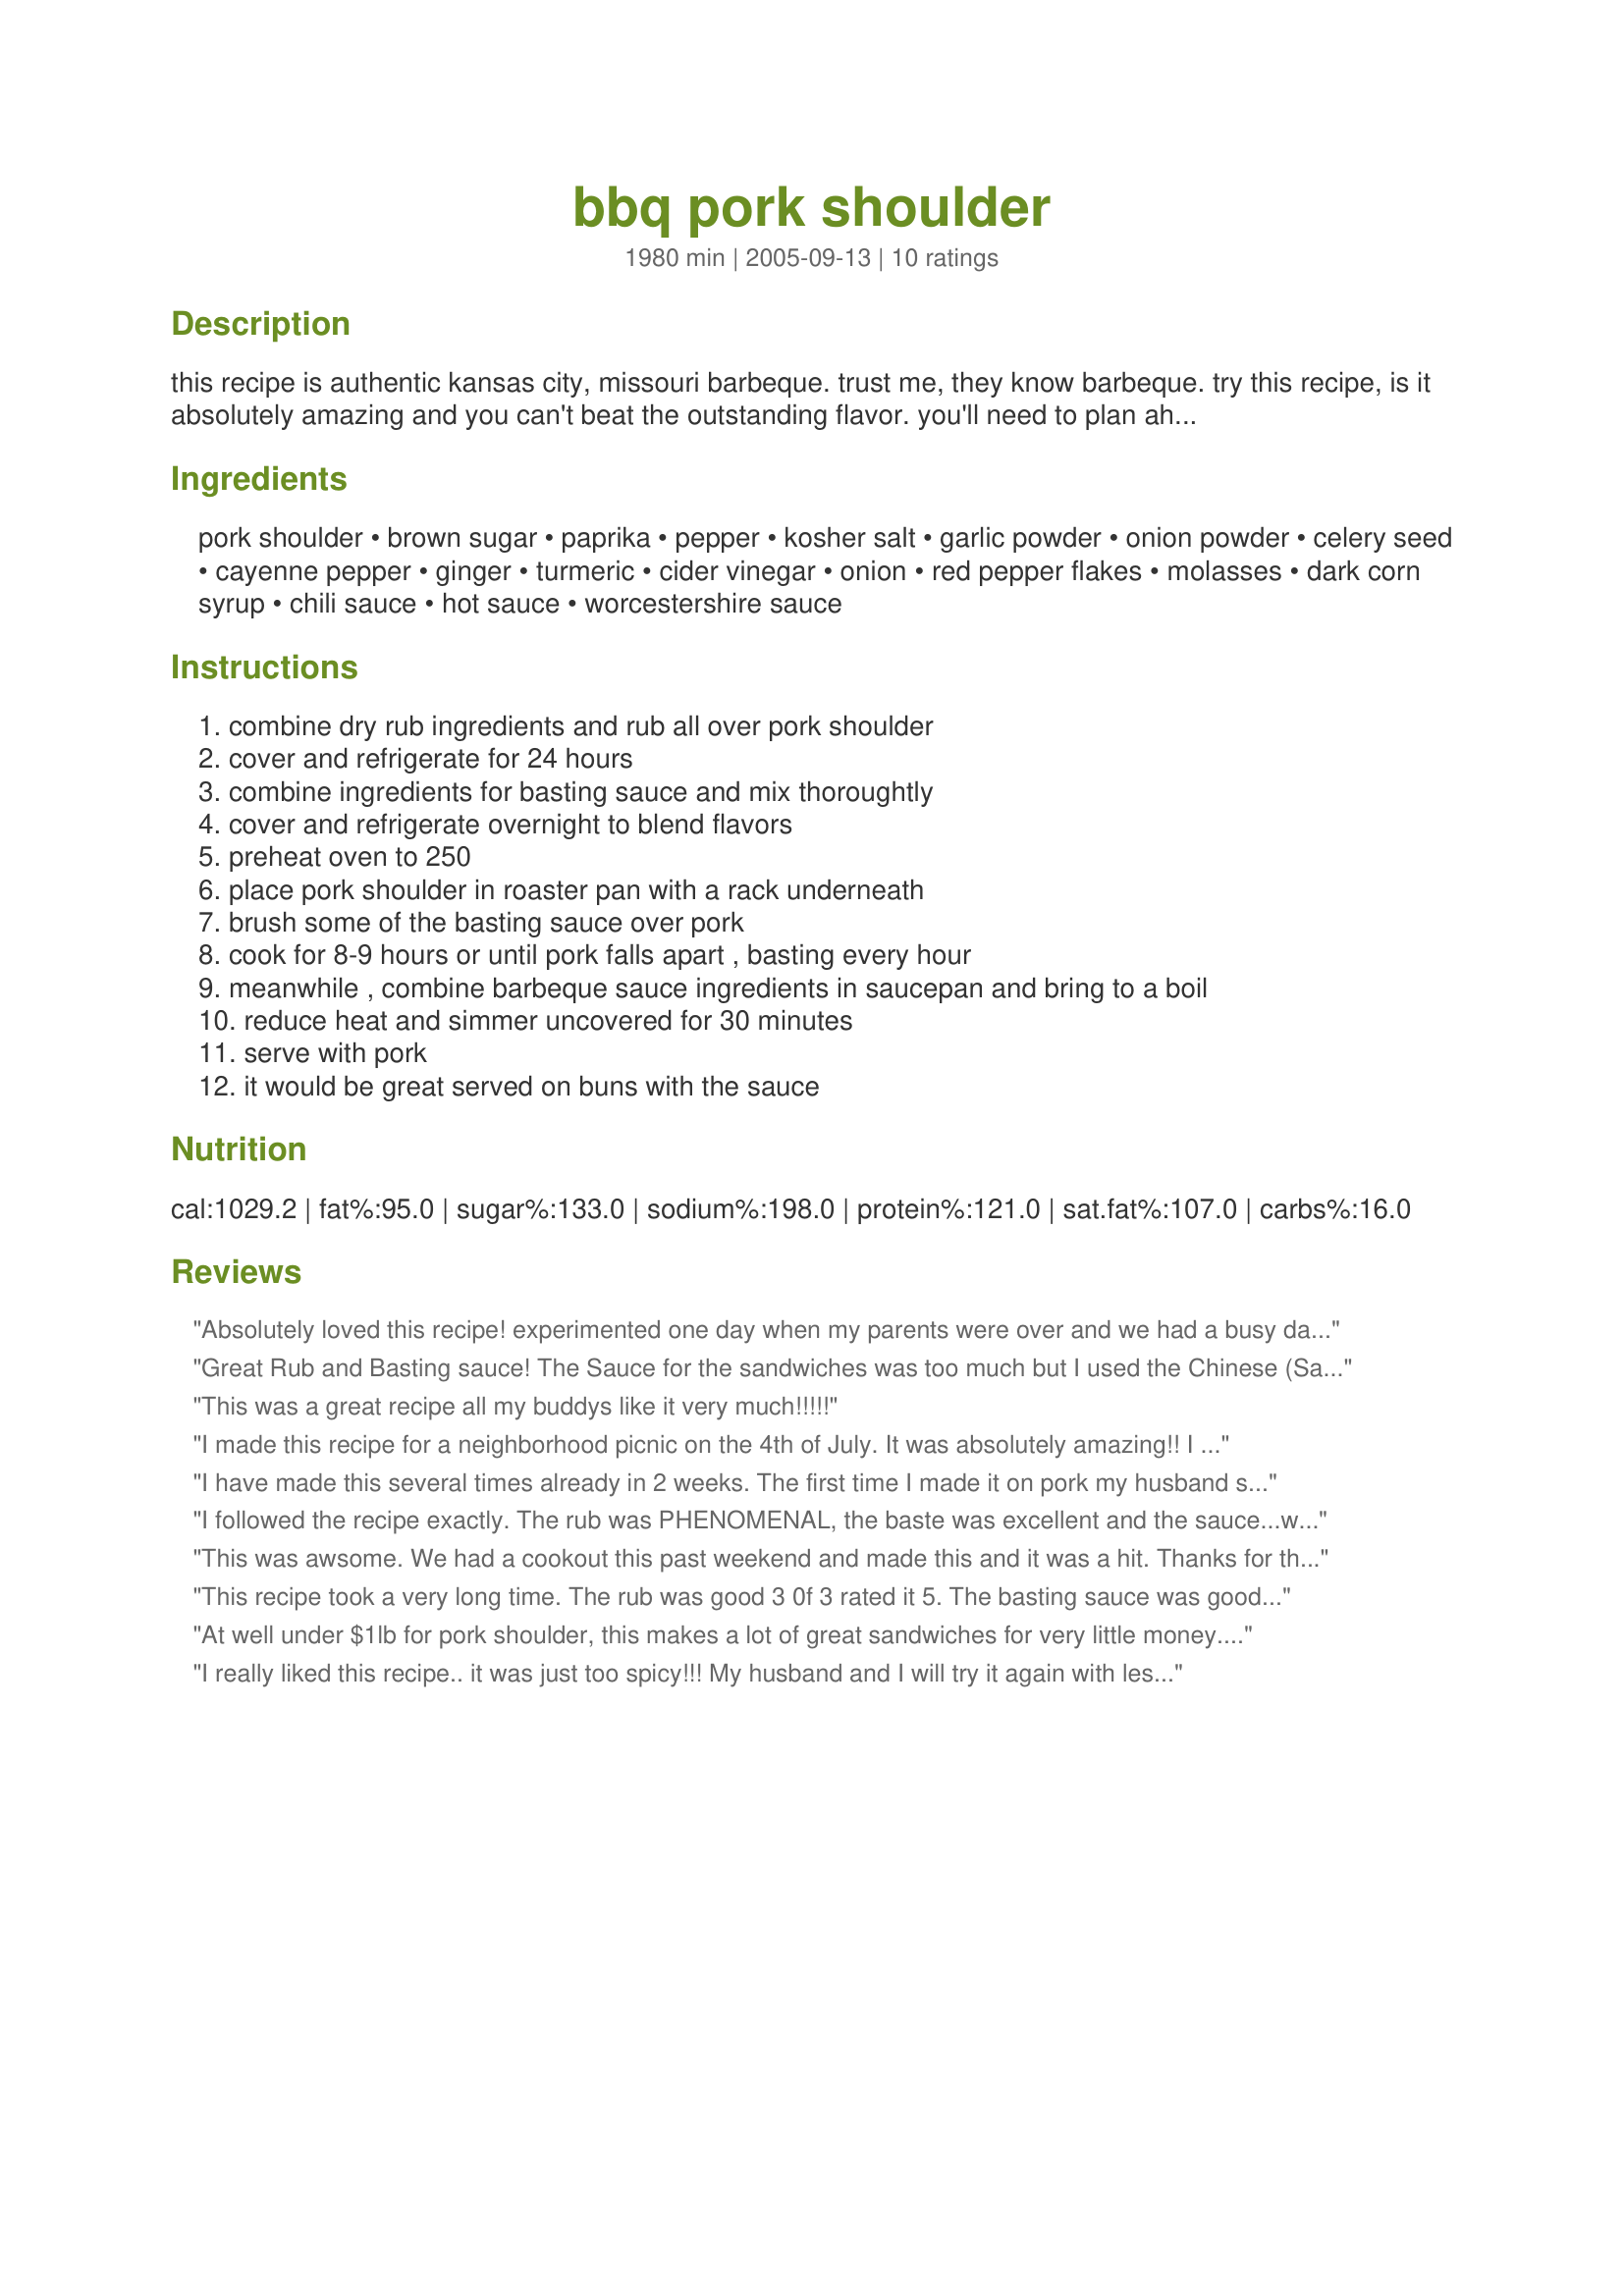
bbq pork shoulder
Preparation time: 1980 minutes

this recipe is authentic kansas city, missouri barbeque. trust me, they know barbeque. try this recipe, is it absolutely amazing and you can't beat the outstanding flavor. you'll need to plan ahead. please try, you won't be dissapointed. the result is worth every bit of extra effort. i'd appreciate any feedback you have.

Ingredients:
pork shoulder, brown sugar, paprika, pepper, kosher salt, garlic powder, onion powder, celery seed, cayenne pepper, ginger, turmeric, cider vinegar, onion, red pepper flakes, molasses, dark corn syrup, chili sauce, hot sauce, worcestershire sauce

Steps:
combine dry rub ingredients and rub all over pork shoulder, cover and refrigerate for 24 hours, combine ingredients for basting sauce and mix thoroughtly, cover and refrigerate overnight to blend flavors, preheat oven to 250, place pork shoulder in roaster pan with a rack underneath, brush some of the basting sauce over pork, cook for 8-9 hours or until pork falls apart , basting every hour, meanwhile , combine barbeque sauce ingredients in saucepan and bring to a boil, reduce heat and simmer uncovered for 30 minutes, serve with pork, it would be great served on buns with the sauce

Reviews:
Absolutely loved this recipe! experimented one day when my parents were over and we had a busy day lined up! I used the rub on the pork as per recipe overnight and once it went into the oven at noon the next day it was virtually a leave-it-alone recipe! One thing I did do though was cover the roast with tin foil after an hour of cooking. The basting sauce kept disappearing so I wanted to trap whatever moisture was created! The moment of truth was when I unveiled the roast at the end of the cooking time and started to carve! it was SO moist and tender! I actually managed to get slices and chunks which my kids prefer over shreds. The only thing that I may do differently next time is cut back on the cayenne pepper in the rub and add a little less vinegar but more brown sugar in the bbq sauce. However, this meal was a huge hit with everyone at the table and they all said to please make it again! I will!!
Great Rub and Basting sauce! <br/>The Sauce for the sandwiches was too much but I used the Chinese (Sambal Oelek) chili garlic paste. What do you use?<br/>I cheated and only left the rub on overnight and made the basting sauce the same day. I also used a Dutch Oven, which cut my cooking time to 5 hrs, and only based after the first 3hrs, I didn't want to wash the rub off.<br/>But the meat was tender and spicy and we will be making this again.<br/>Thanks for Sharing.
This was a great recipe all my buddys like it very much!!!!!
I made this recipe for a neighborhood picnic on the 4th of July. It was absolutely amazing!! I made a couple of changes, after cooking it all day in the oven and basting. I shredded the meat and put it in my slow cooker on warm. I added store bought bbq sauce (KC Masterpiece) and left it in the slow cooker over night. It was absolutely delicious!! Every last bit of it went and the neighbors insist that I make this for the next gathering. Thank you so much for posting. I will definitely be making this again!!
I have made this several times already in 2 weeks. The first time I made it on pork my husband said it was the best pork he ever had and wanted to try the rub/basting sauce on chicken on the grill. We used chicken thigh/wing/leg pieces and put the rub on the night before and grilled slowly the next day- I had all of my guests telling me I should have started a barbeque business! No extra sauce needed for the chicken! This is a fantastic recipe and I have had everyone asking for the recipe. Would try this on almost any meat.
I followed the recipe exactly. The rub was PHENOMENAL, the baste was excellent and the sauce...well, the sauce wasn't so great. The next night DH asked for leftovers with his favorite bottled sauce...and raved about his bbq pork sammy. I served this with RocknRoll's Pit BBQ beans, my own broccoli slaw and sandwhich rolls. I am looking forward to using my leftover rub on chicken. It was delicious. A time consuming and wonderful recipe. It is worth every moment spent cooking and basting!
This was awsome. We had a cookout this past weekend and made this and it was a hit. Thanks for this awsome recipe and yes I will be making this again...for sure..
This recipe took a very long time. The rub was good 3 0f 3 rated it 5. The basting sauce was good again a 5. The sauce was way to hot, that got a 3. It had very good flavour (although painstakingly aquired).
At well under $1lb for pork shoulder, this makes a lot of great sandwiches for very little money. We go for a more mild sauce, so I cut back on the pepper flakes in the final sauce. Everyone loved it. Well worth the wait and the smell while cooking is maddeningly good.
I really liked this recipe.. it was just too spicy!!! My husband and I will try it again with less pepper I think! The meat came out very tender though! Thanks!
